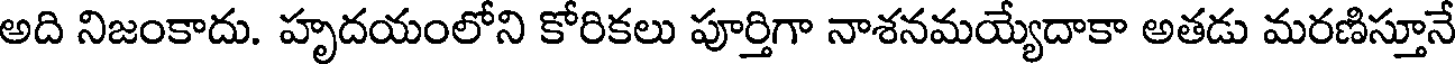
అది నిజంకాదు. హృదయంలోని కోరికలు పూర్తిగా నాశనమయ్యేదాకా అతడు మరణిస్తూనే